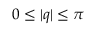
0 \le | q | \le \pi